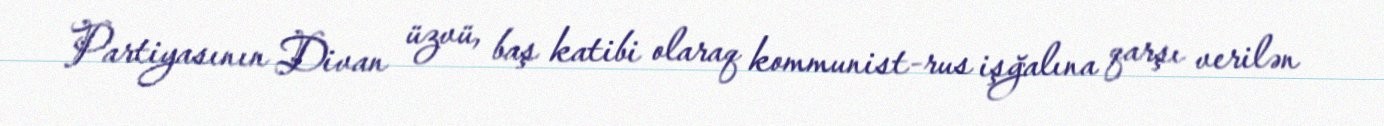
Partiyasının Divan üzvü, baş katibi olaraq kommunist-rus işğalına qarşı verilən